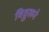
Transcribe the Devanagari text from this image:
विठ्ठलने